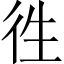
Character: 徃